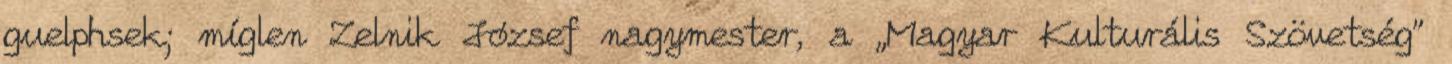
guelphsek; míglen Zelnik József nagy­mester, a „Magyar Kulturális Szövet­ség”